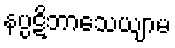
နပ္ပဋိဘာသေယျာမ